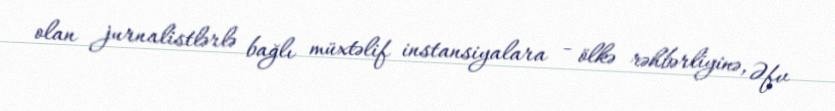
olan jurnalistlərlə bağlı müxtəlif instansiyalara - ölkə rəhbərliyinə, Əfv